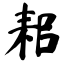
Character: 耜